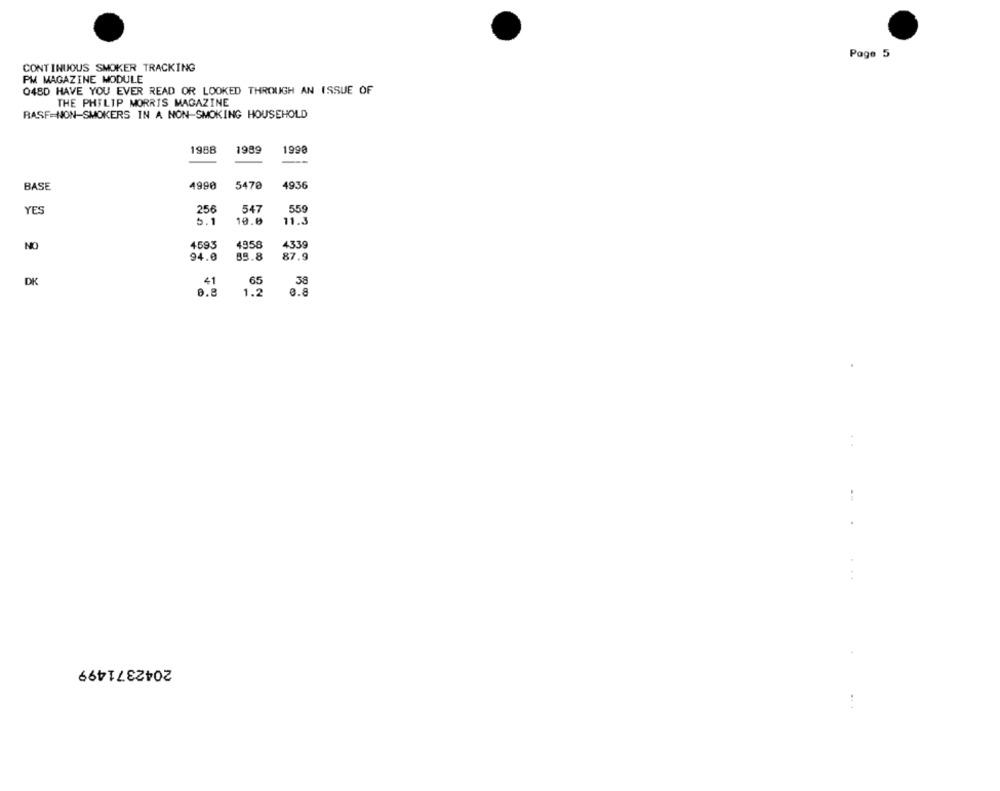
Page 5
CONTINUOUS SMOKER TRACKING
PM MAGAZINE MODULE
048D HAVE YOU EVER READ OR LOOKED THROUGH AN ISSUE OF
THE PHILIP MORRIS MAGAZINE
RASF=NON-SMOKERS IN A NON-SMOKING HOUSEHOLD
1988
1989
1990
BASE
4990
5470
4936
YES
256
547
559
6.1
10.0
11.3
4593
4958
4339
NO
94.0
83.8
87.9
DK
41
65
30
1.2
0.8
2042371499